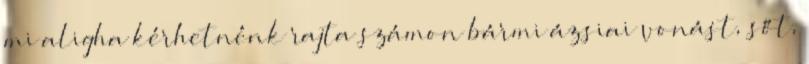
mi aligha kérhetnénk rajta számon bármi ázsiai vonást, sőt,